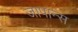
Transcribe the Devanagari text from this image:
जापान्स